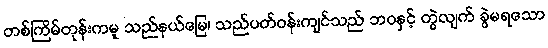
တစ်ကြိမ်တုန်းကမူ သည်နယ်မြေ၊ သည်ပတ်ဝန်းကျင်သည် ဘဝနှင့် တွဲလျက် ခွဲမရသော